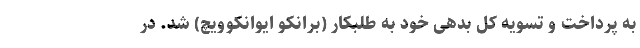
به پرداخت و تسویه کل بدهی خود به طلبکار (برانکو ایوانکوویچ) شد. در